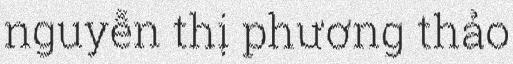
nguyễn thị phương thảo